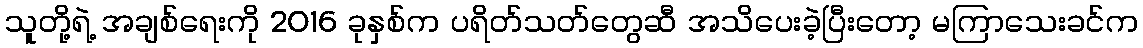
သူတို့ရဲ့ အချစ်ရေးကို 2016 ခုနှစ်က ပရိတ်သတ်တွေဆီ အသိပေးခဲ့ပြီးတော့ မကြာသေးခင်က